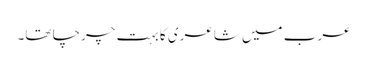
عرب میں شاعری کا بہت چرچا تھا۔